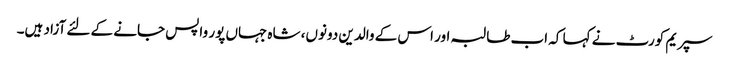
سپریم کورٹ نے کہا کہ اب طالبہ اور اس کے والدین دونوں، شاہ جہاں پور واپس جانے کے لئے آزاد ہیں۔